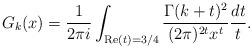
LaTeX: \begin{align*} G_k(x)=\frac{1}{2\pi i}\int_{\mathrm{Re}(t)=3\slash 4} \frac{\Gamma(k+t)^2}{(2\pi)^{2t}x^t}\frac{dt}{t}. \end{align*}